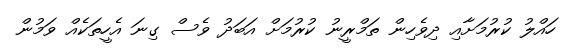
ހައްލު ކުރުމަށާއި ދިވެހިން ތަމްރީނު ކުރުމަށް އަބަދު ވެސް ގިނަ އެހީތަކެއް ވަމުން